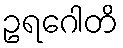
ဥရဂေါတိ